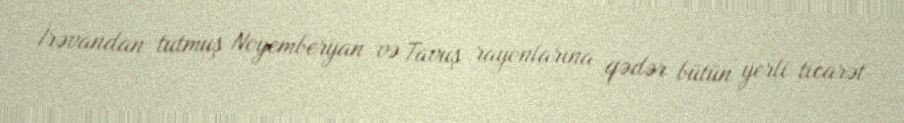
İrəvandan tutmuş Noyemberyan və Tavuş rayonlarına qədər bütün yerli ticarət